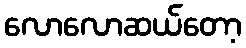
လောလောဆယ်တော့